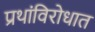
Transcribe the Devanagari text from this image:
प्रथांविरोधात